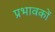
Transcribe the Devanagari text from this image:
प्रभावकों